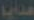
هدايا